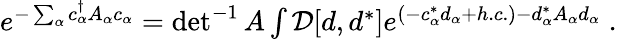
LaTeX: \begin{array}{r}{e^{-\sum_{\alpha}c_{\alpha}^{\dagger}A_{\alpha}c_{\alpha}}=\operatorname*{det}^{-1}A\int{\cal D}[d,d^{*}]e^{(-c_{\alpha}^{*}d_{\alpha}+h.c.)-d_{\alpha}^{*}A_{\alpha}d_{\alpha}}\; .}\end{array}